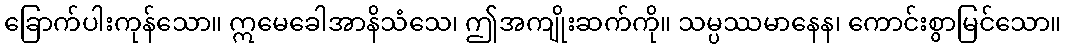
ခြောက်ပါးကုန်သော။ ဣမေခေါအာနိသံသေ၊ ဤအကျိုးဆက်ကို။ သမ္ပဿမာနေန၊ ကောင်းစွာမြင်သော။